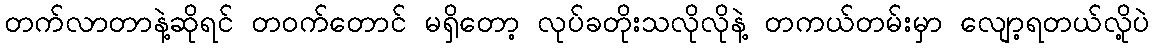
တက်လာတာနဲ့ဆိုရင် တဝက်တောင် မရှိတော့ လုပ်ခတိုးသလိုလိုနဲ့ တကယ်တမ်းမှာ လျော့ရတယ်လို့ပဲ